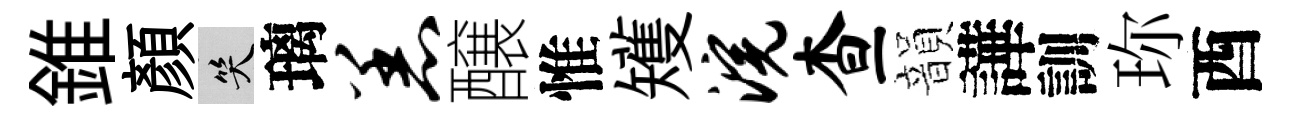
錐顔笑璃恙醸惟矱浣查韻譁訓珎酉